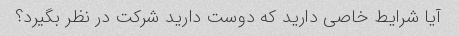
آیا شرایط خاصی دارید که دوست دارید شرکت در نظر بگیرد؟